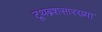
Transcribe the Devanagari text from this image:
टूथब्रशसारख्या